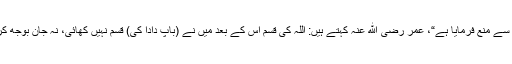
اللہ نے تمہیں اپنے باپ دادا کی قسم کھانے سے منع فرمایا ہے“، عمر رضی الله عنہ کہتے ہیں: اللہ کی قسم اس کے بعد میں نے (باپ دادا کی) قسم نہیں کھائی، نہ جان بوجھ کر اور نہ ہی کسی کی بات نقل کرتے ہوئے۔